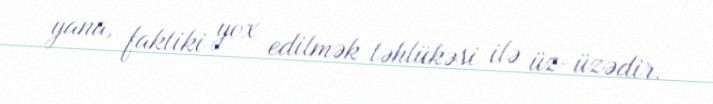
yana, faktiki yox edilmək təhlükəsi ilə üz-üzədir.